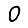
Digit: 0